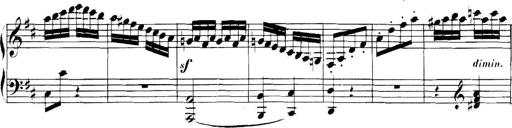
Title: Collected Piano Sonatas
Composer: Muzio Clementi